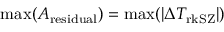
\operatorname* { m a x } ( A _ { \mathrm { r e s i d u a l } } ) = \operatorname* { m a x } ( | \Delta T _ { \mathrm { r k S Z } } | )